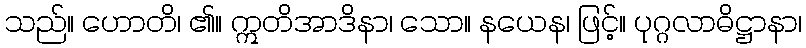
သည်။ ဟောတိ၊ ၏။ ဣတိအာဒိနာ၊ သော။ နယေန၊ ဖြင့်။ ပုဂ္ဂလာဓိဋ္ဌာနာ၊